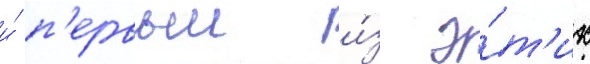
и́ п'ервыи и́з э́т'их